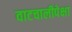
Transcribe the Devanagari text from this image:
वाटचालीपेक्षा